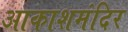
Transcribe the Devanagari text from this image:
आकाशमंदिर